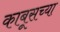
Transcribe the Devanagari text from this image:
काबूसच्या